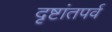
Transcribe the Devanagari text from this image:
दृष्टांतपर्व